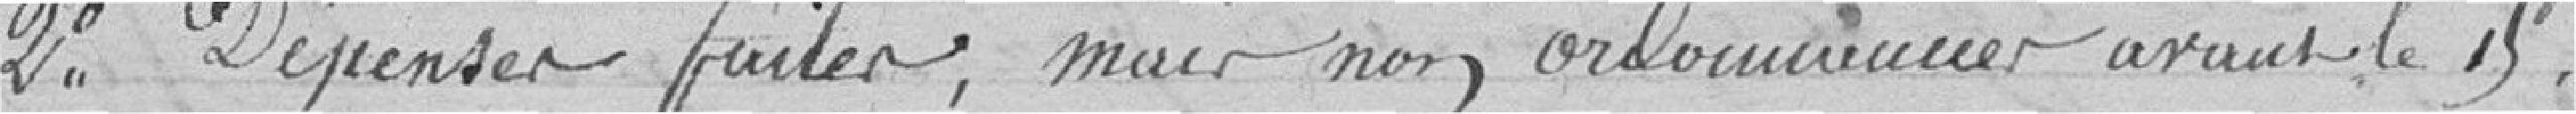
2° Dépenses faites ; mais non ordonnancées avec le 15